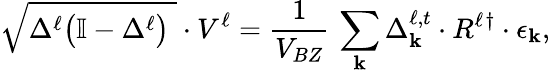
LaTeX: \sqrt{\Delta^{\ell}\big(\mathbb{I}-\Delta^{\ell}\big)\; }\cdot V^{\ell}=\frac{1}{V_{BZ}}\, \sum_{\mathbf{k}}\Delta_{\mathbf{k}}^{\ell,t}\cdot R^{\ell}{^\dagger}\cdot\epsilon_{\mathbf{k}},